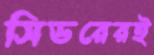
সিডরেরই